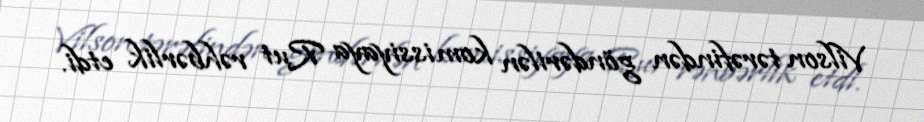
Vilson tərəfindən göndərilən komissiyaya Rut rəhbərlik etdi.